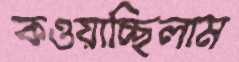
কওয়াচ্ছিলাম